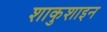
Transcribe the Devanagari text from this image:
शाकुशाइन